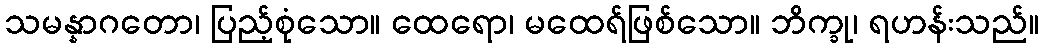
သမန္နာဂတော၊ ပြည့်စုံသော။ ထေရော၊ မထေရ်ဖြစ်သော။ ဘိက္ခု၊ ရဟန်းသည်။